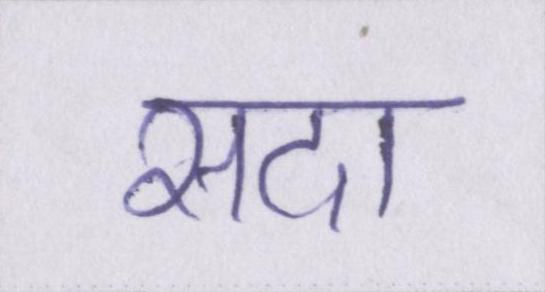
सदा